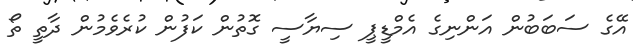
އޭގެ ސަބަބުން އަންނިގެ އެމްޑީޕީ ސިޔާސީ ގޮތުން ކަފުން ކުރެވެމުން ދާތީ ތޯ